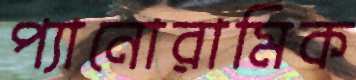
প্যানোরামিক